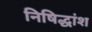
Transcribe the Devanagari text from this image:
निषिद्धांश